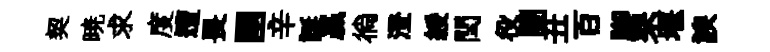
契暁求度遭畏圉辛誕贏徜澄綏閏役闉丑百腳罘堰諛